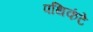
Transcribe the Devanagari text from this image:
पथिकंटे